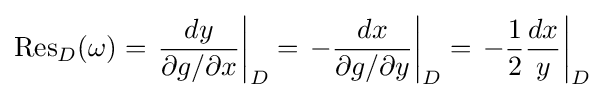
{\text{Res}}_{D}(\omega )=\left.{\frac {dy}{\partial g/\partial x}}\right|_{D}=\left.-{\frac {dx}{\partial g/\partial y}}\right|_{D}=\left.-{\frac {1}{2}}{\frac {dx}{y}}\right|_{D}